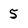
Character: 5